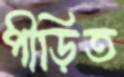
পীড়িত